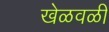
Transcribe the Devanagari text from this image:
खेळवळी